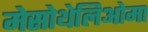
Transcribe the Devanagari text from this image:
मेसोथेलिओमा